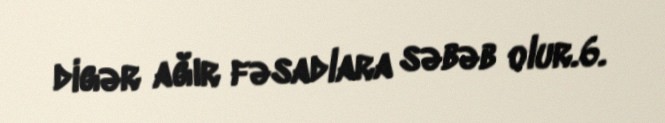
digər ağır fəsadlara səbəb olur.6.